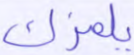
يلمزك